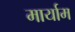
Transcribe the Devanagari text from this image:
मार्याम